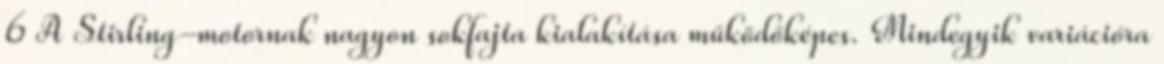
6 A Stirling-motornak nagyon sokfajta kialakítása működőképes. Mindegyik variációra